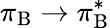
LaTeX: \pi_{\mathrm{B}}\rightarrow\pi_{\mathrm{B}}^{*}